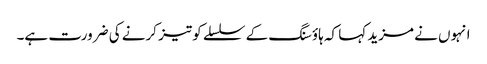
انہوں نے مزید کہا کہ ہاؤسنگ کے سلسلے کو تیز کرنے کی ضرورت ہے۔